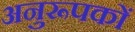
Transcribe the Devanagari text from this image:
अनुरूपकों